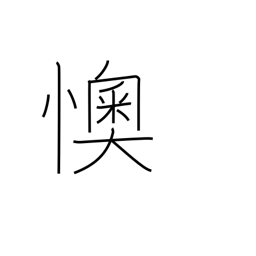
Meaning: provoking